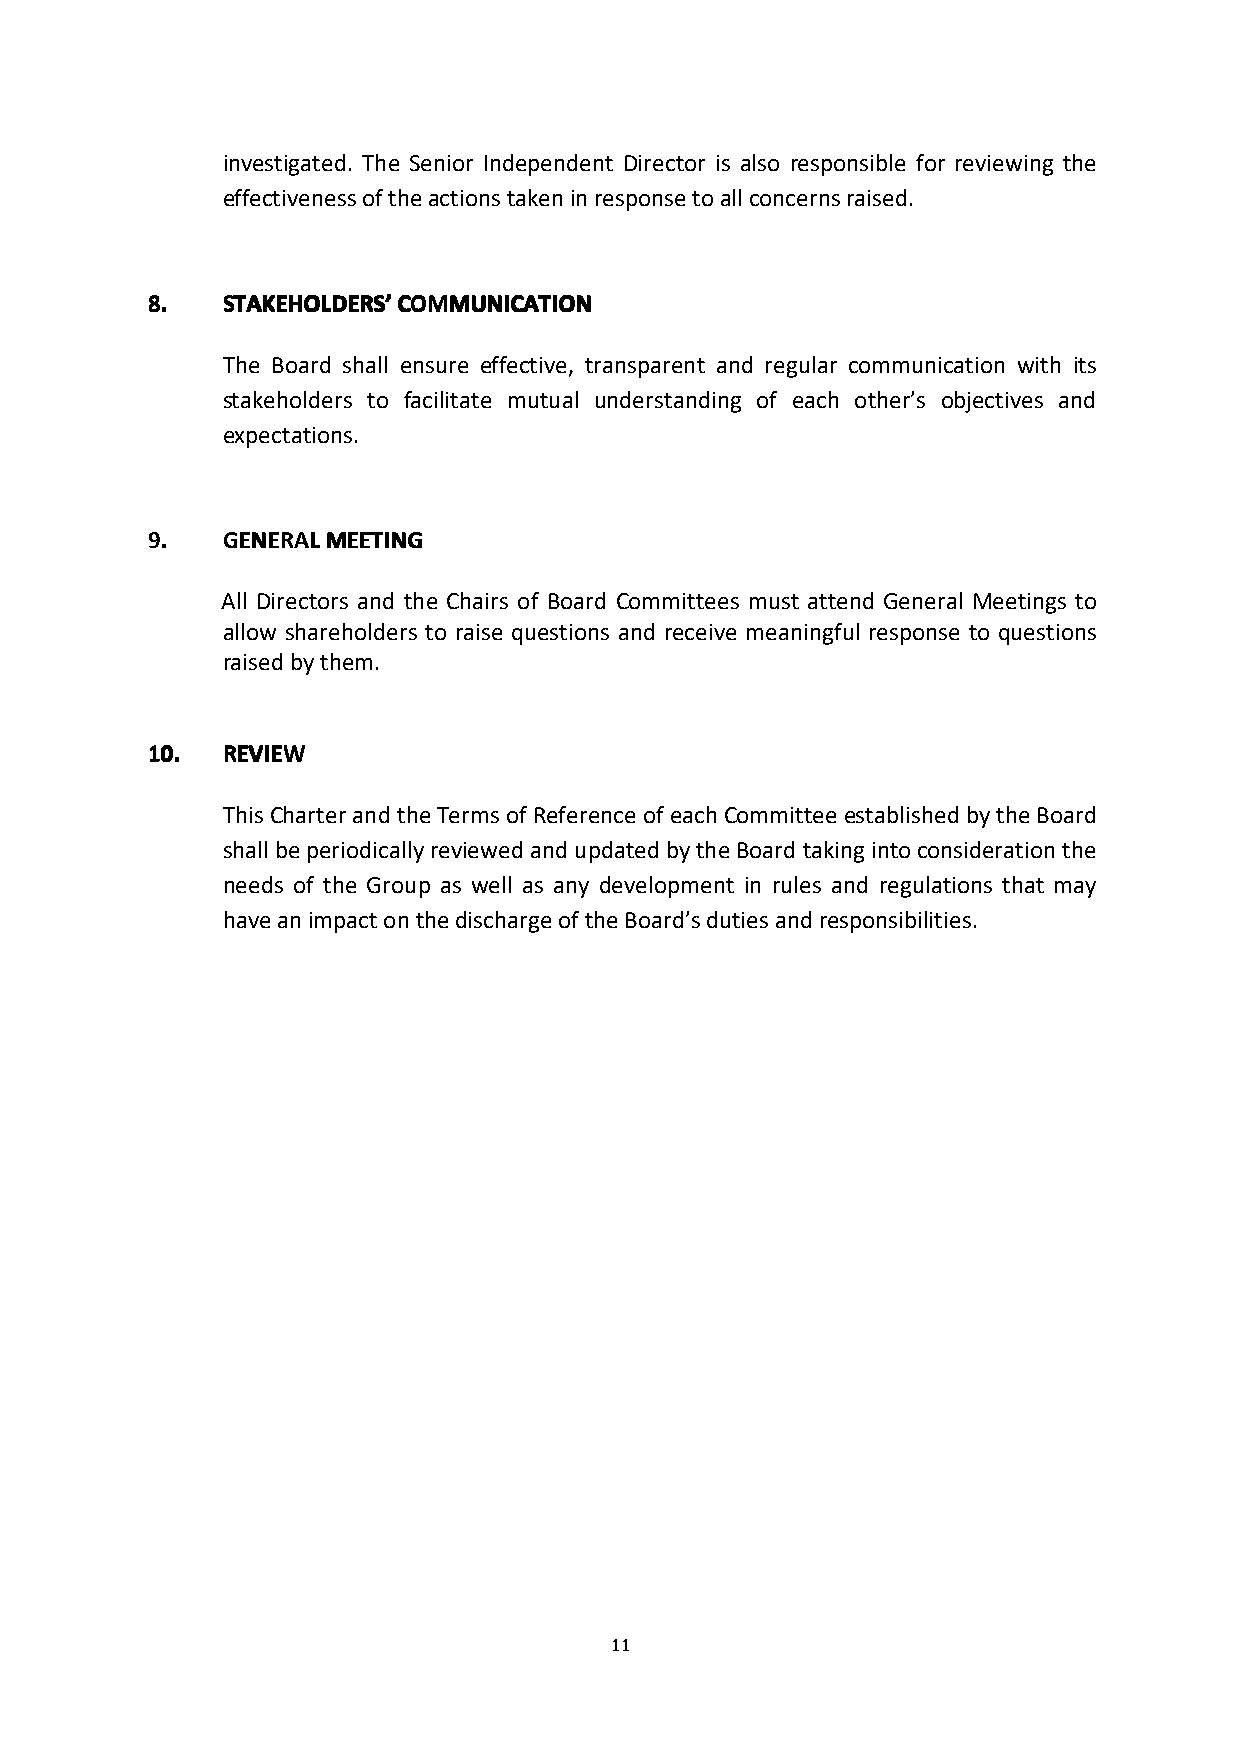
investigated. The Senior Independent Director is also responsible for reviewing the
 effectivenessoftheactionstakeninresponsetoallconcernsraised.
 8888.... SSSSTTTTAAAAKKKKEEEEHHHHOOOOLLLLDDDDEEEERRRRSSSS’’’’CCCCOOOOMMMMMMMMUUUUNNNNIIIICCCCAAAATTTTIIIIOOOONNNN
 The Board shall ensure effective, transparent and regular communication with its
 stakeholders to facilitate mutual understanding of each other’s objectives and
 expectations.
 9999.... GGGGEEEENNNNEEEERRRRAAAALLLLMMMMEEEEEEEETTTTIIIINNNNGGGG
 All Directors and the Chairs of Board Committees must attend General Meetings to
 allow shareholders to raise questions and receive meaningful response to questions
 raisedbythem.
 11110000.... RRRREEEEVVVVIIIIEEEEWWWW
 ThisCharterandtheTermsofReferenceofeachCommitteeestablishedbytheBoard
 shallbeperiodicallyreviewedandupdatedbytheBoardtakingintoconsiderationthe
 needs of the Group as well as any development in rules and regulations that may
 haveanimpactonthedischargeoftheBoard’sdutiesandresponsibilities.
 11